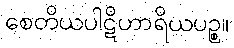
စေတိယပါဋိဟာရိယပဉ္စ။